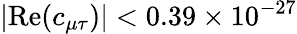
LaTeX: |\mathrm{Re}(c_{\mu\tau})|<0.39\times 10^{-27}